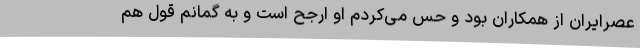
عصرایران از همکاران بود و حس می‌کردم او ارجح است و به گمانم قول هم